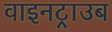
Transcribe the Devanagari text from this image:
वाइनट्राउब